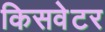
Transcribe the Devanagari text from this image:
किसवेटर